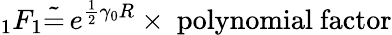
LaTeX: _1F_{1}\tilde{=}\, e^{\frac 12\gamma_{0}R}\times\mathrm{~polynomial~factor}